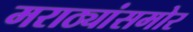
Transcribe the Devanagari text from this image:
मराठ्यांसमोर